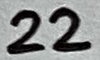
Text: 22